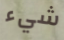
شيء